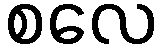
စလေ